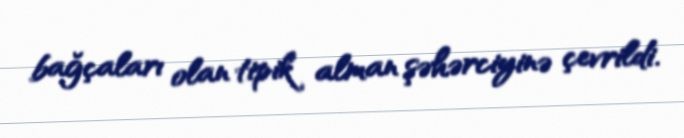
bağçaları olan tipik alman şəhərciyinə çevrildi.